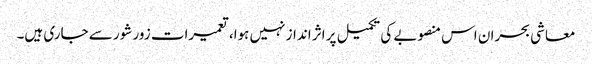
معاشی بحران اس منصوبے کی تکمیل پر اثر انداز نہیں ہوا، تعمیرات زور شور سے جاری ہیں۔